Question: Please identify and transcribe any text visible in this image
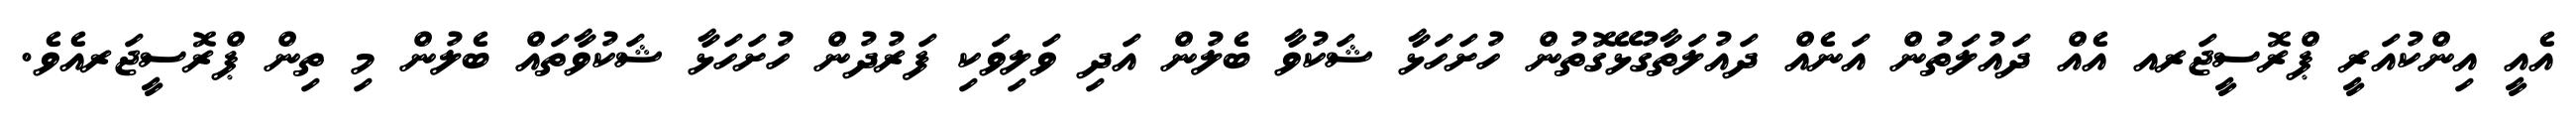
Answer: އެއީ އިންކުއަރީ ޕްރޮސީޖަރއ އެއް ދައުލަތުން އަނެއް ދައުލަތާގުޅޭގޮތުން ހުށަހަޅާ ޝަކުވާ ބެލުން އަދި ވަލިވަކި ފަރުދުން ހުށަހަޅާ ޝަކުވާތައް ބެލުން މި ތިން ޕްރޮސީޖަރއެވެ.